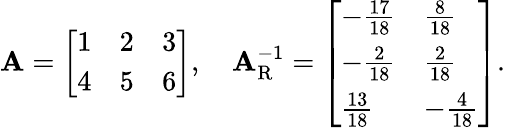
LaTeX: \mathbf{A}={\left[\begin{array}{lll}{1}&{2}&{3}\\ {4}&{5}&{6}\end{array}\right]},\quad\mathbf{A}_{\mathrm{{R}}}^{-1}={\left[\begin{array}{ll}{-{\frac{17}{18}}}&{{\frac{8}{18}}}\\ {-{\frac{2}{18}}}&{{\frac{2}{18}}}\\ {{\frac{13}{18}}}&{-{\frac{4}{18}}}\end{array}\right]}.